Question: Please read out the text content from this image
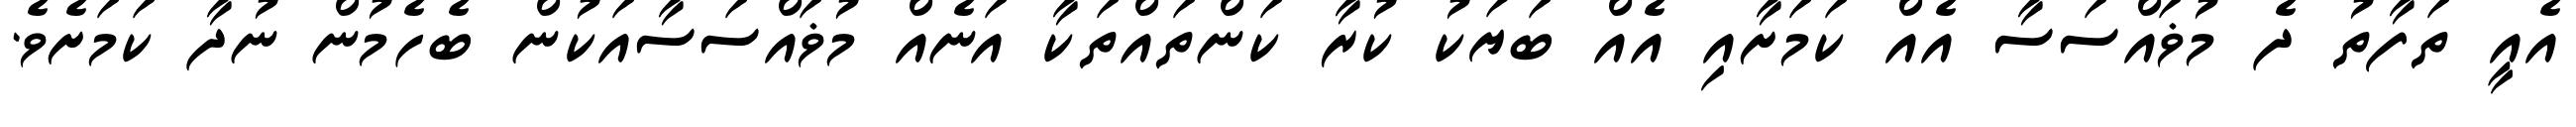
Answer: އެއީ ތަފާތު ދެ މުޥައްސަސާ އެއް ކަމަށާއި އެއް ބަޔަކު ކުރާ ކަންތައްތަކާ އަނެއް މުޥައްސަސާއަކުން ބެހެމުން ނުދާ ކަމަށެވެ.